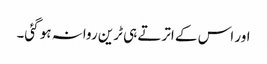
اور اس کے اترتے ہی ٹرین روانہ ہو گئی۔